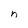
Character: n